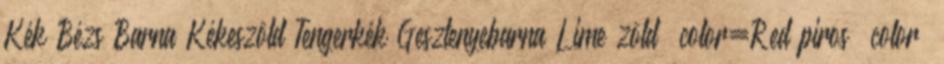
Kék Bézs Barna Kékeszöld Tengerkék Gesztenyebarna Lime zöld color=Red piros color